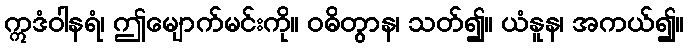
ဣဒံဝါနရံ၊ ဤမျောက်မင်းကို။ ဝဓိတွာန၊ သတ်၍။ ယံနူန၊ အကယ်၍။